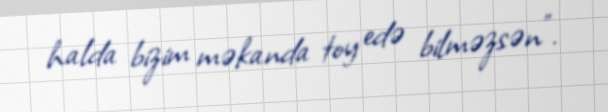
halda bizim məkanda toy edə bilməzsən”.